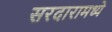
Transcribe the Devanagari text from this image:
सरदारामध्ये